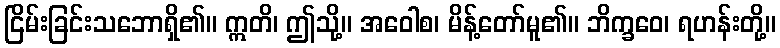
ငြိမ်းခြင်းသဘောရှိ၏။ ဣတိ၊ ဤသို့။ အဝေါစ၊ မိန့်တော်မူ၏။ ဘိက္ခဝေ၊ ရဟန်းတို့။